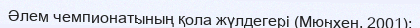
Әлем чемпионатының қола жүлдегері (Мюнхен, 2001);